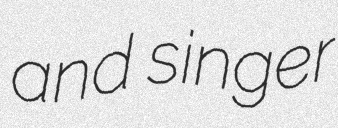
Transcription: and singer